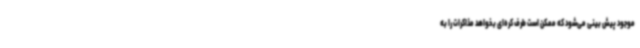
موجود پیش بینی می‌شود که ممکن است طرف کره‌ای بخواهد مذاکرات را به